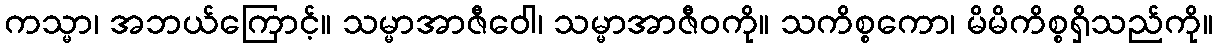
ကသ္မာ၊ အဘယ်ကြောင့်။ သမ္မာအာဇီဝေါ၊ သမ္မာအာဇီဝကို။ သကိစ္စကော၊ မိမိကိစ္စရှိသည်ကို။